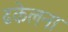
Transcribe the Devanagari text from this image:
ढकेलना